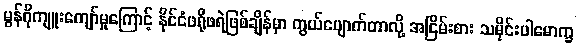
မွန်ဂိုကျူးကျော်မှုကြောင့် နိုင်ငံဖရိုဖရဲဖြစ်ချိန်မှာ ကွယ်ပျောက်တာလို့ အငြိမ်းစား သမိုင်းပါမောက္ခ